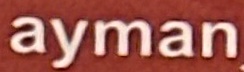
ayman